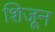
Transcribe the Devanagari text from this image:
शिजून